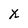
Character: X